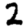
Digit: 2